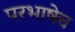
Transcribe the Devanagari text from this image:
परभाषेच